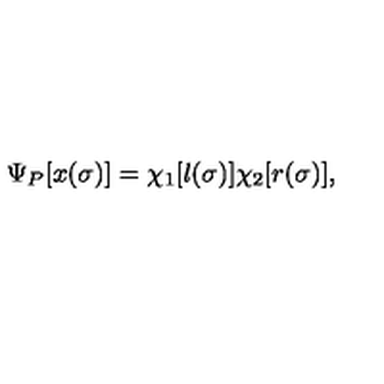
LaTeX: \Psi _ { P } [ x ( \sigma ) ] = \chi _ { 1 } [ l ( \sigma ) ] \chi _ { 2 } [ r ( \sigma ) ] ,